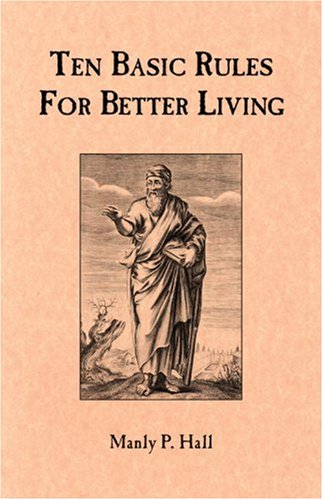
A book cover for Ten Basic Rules for Better Living; Manly P. Hall; Self-Help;